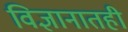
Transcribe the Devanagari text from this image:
विज्ञानातही